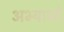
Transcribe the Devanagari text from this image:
अभ्यासो